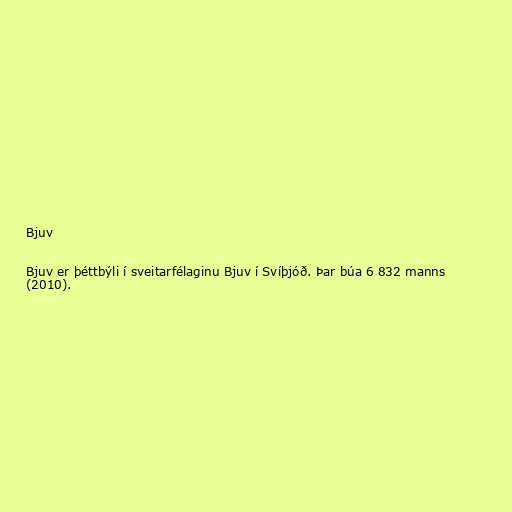
Bjuv

Bjuv er þéttbýli í sveitarfélaginu Bjuv í Svíþjóð. Þar búa 6 832 manns
(2010).